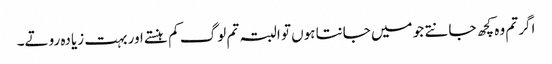
اگر تم وہ کچھ جانتے جو میں جانتا ہوں تو البتہ تم لوگ کم ہنستے اور بہت زیادہ روتے۔